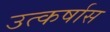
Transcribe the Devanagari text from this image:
उत्कर्षास